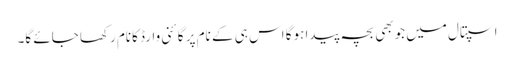
اسپتال میں جوبھی بچہ پیدا ہوگا اس ہی کے نام پر گائنی وارڈ کانام رکھا جائے گا۔